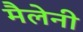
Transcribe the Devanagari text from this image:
मैलेनी